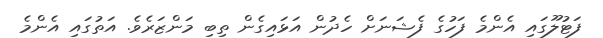
ފަޓުލޫގައި އެންމެ ފަހުގެ ފެޝަނަށް ހެދުން އަޅައިގެން ތިބި މަންޒަރެވެ. އަތުގައި އެންމެ